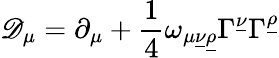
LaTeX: {\cal\mathscr{D}}_{\mu}=\partial_{\mu}+{\frac{{1}}{{4}}}\omega_{\mu\underline{{{{\nu}}}}\underline{{{{\rho}}}}}\Gamma^{\underline{{{{\nu}}}}}\Gamma^{\underline{{{{\rho}}}}}